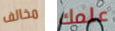
مخالف علمك